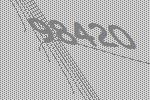
98420